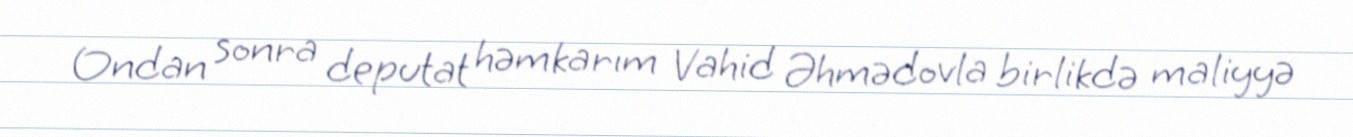
Ondan sonra deputat həmkarım Vahid Əhmədovla birlikdə maliyyə